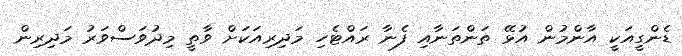
ޑެންގީއަކީ އާންމުން އުޅޭ ތަންތަނާއި ފެނާ ރައްޓެހި މަދިރިއަކަށް ވާތީ މިދުވަސްވަރު މަދިރިން